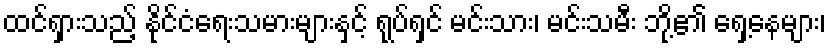
ထင်ရှားသည့် နိုင်ငံရေးသမားများနှင့် ရုပ်ရှင် မင်းသား၊ မင်းသမီး ဘို့၏ ရှေ့နေများ၊